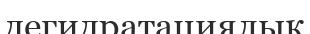
дегидратациялық